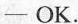
—OK.